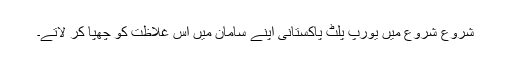
شروع شروع میں یورپ پلٹ پاکستانی اپنے سامان میں اس غلاظت کو چھپا کر لاتے۔